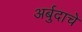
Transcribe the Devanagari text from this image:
अर्बुदाचे